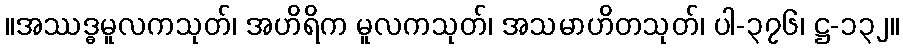
။အဿဒ္ဓမူလကသုတ်၊ အဟိရိက မူလကသုတ်၊ အသမာဟိတသုတ်၊ ပါ-၃၇၆၊ ဋ္ဌ-၁၃၂။